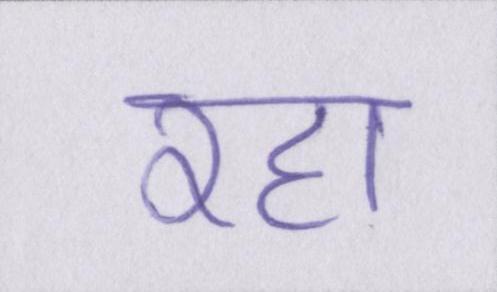
रहा